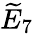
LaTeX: {\widetilde{E}}_{7}